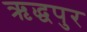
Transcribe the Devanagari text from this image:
ऋद्धपुर